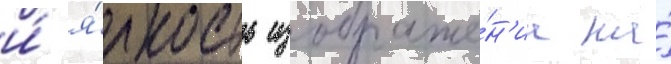
и́ я́ркость изображе́н'иа на́